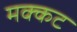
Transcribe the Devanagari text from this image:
मक्कट